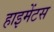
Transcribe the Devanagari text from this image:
हाइमेंटस